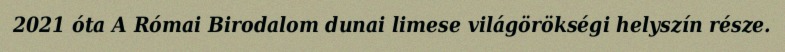
2021 óta A Római Birodalom dunai limese világörökségi helyszín része.